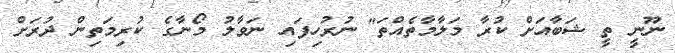
ނޫނީ ތީ ޝަބާއަށް ކުރާ މަލާމާތެއްތަ" ނުރުހިފައި ނަވާލު މޯނާގެ ކުރިމަތިން ދުރަށް